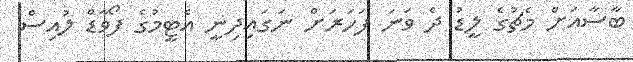
ބާސާއަށް މެޗުގެ ލީޑު ދެ ވަނަ ފަހަރަށް ނަގައިދިނީ އެޓީމުގެ ފޯވާޑް ލުއިސް